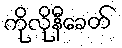
ကိုလိုနီခေတ်